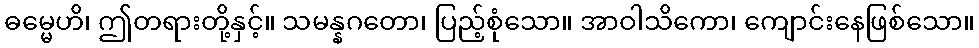
ဓမ္မေဟိ၊ ဤတရားတို့နှင့်။ သမန္နဂတော၊ ပြည့်စုံသော။ အာဝါသိကော၊ ကျောင်းနေဖြစ်သော။